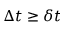
\Delta t \ge \delta t